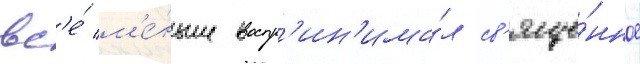
вс'е́ м'е́ньше воспр'ин'има́л св'яще́нное